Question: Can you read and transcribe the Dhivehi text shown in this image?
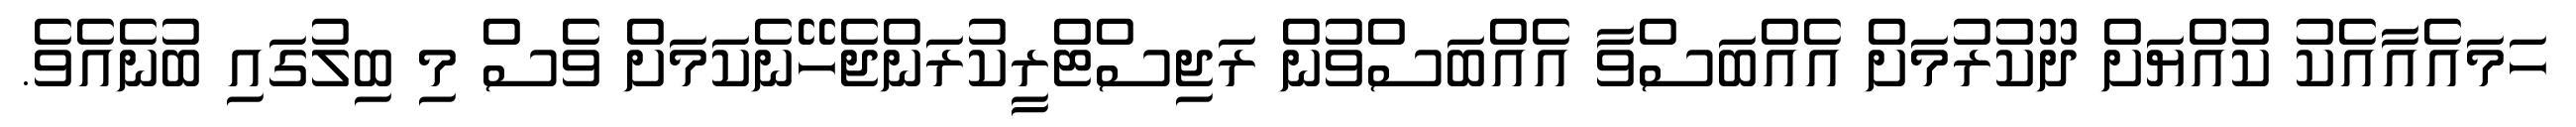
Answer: ހަމައެއާއެކު ކުއްޔަށް ދޫކުރުމަށް އެއްބަސްވާ އެއްބަސްވުން ރަޖިސްޓްރީކުރަންޖެހޭނެކަމަށް ވެސް މި ބިލުގައި ބުނެއެވެ.